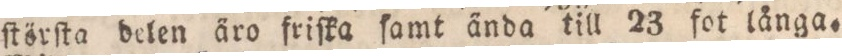
ſtörſta delen äro friſka ſamt ända till 23 fot långa.